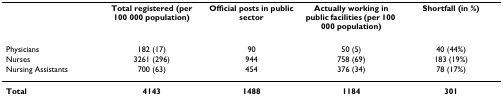
|  | Total registered (per 100 000 population) | Official posts in public sector | Actually working in public facilities (per 100 000 population) | Shortfall (in %) |
 | --- | --- | --- | --- | --- |
 | Physicians | 182 (17) | 90 | 50 (5) | 40 (44%) |
 | Nurses | 3261 (296) | 944 | 758 (69) | 183 (19%) |
 | Nursing Assistants | 700 (63) | 454 | 376 (34) | 78 (17%) |
 | Total | 4143 | 1488 | 1184 | 301 |